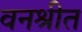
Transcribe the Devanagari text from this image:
वनश्रीत